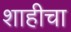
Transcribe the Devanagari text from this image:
शाहीचा